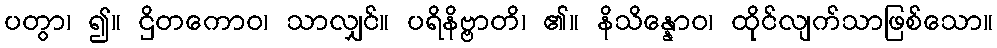
ပတွာ၊ ၍။ ဌိတကောဝ၊ သာလျှင်။ ပရိနိဗ္ဗာတိ၊ ၏။ နိသိန္နောဝ၊ ထိုင်လျက်သာဖြစ်သော။